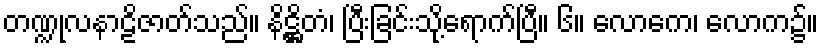
တဏ္ဍုလနာဠိဇာတ်သည်။ နိဋ္ဌိတံ၊ ပြီးခြင်းသို့ရောက်ပြီ။ ၆။ လောကေ၊ လောက၌။